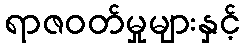
ရာဇဝတ်မှုများနှင့်